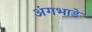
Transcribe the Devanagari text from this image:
अंगभाडे